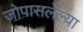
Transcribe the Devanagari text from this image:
जोपासलेल्या